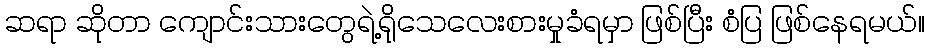
ဆရာ ဆိုတာ ကျောင်းသားတွေရဲ့ရိုသေလေးစားမှုခံရမှာ ဖြစ်ပြီး စံပြ ဖြစ်နေရမယ်။